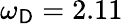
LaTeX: \omega_{\mathsf{D}}=2.11